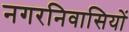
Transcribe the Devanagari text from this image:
नगरनिवासियों